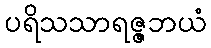
ပရိသသာရဇ္ဇဘယံ